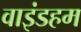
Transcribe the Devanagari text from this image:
वाइंडहम